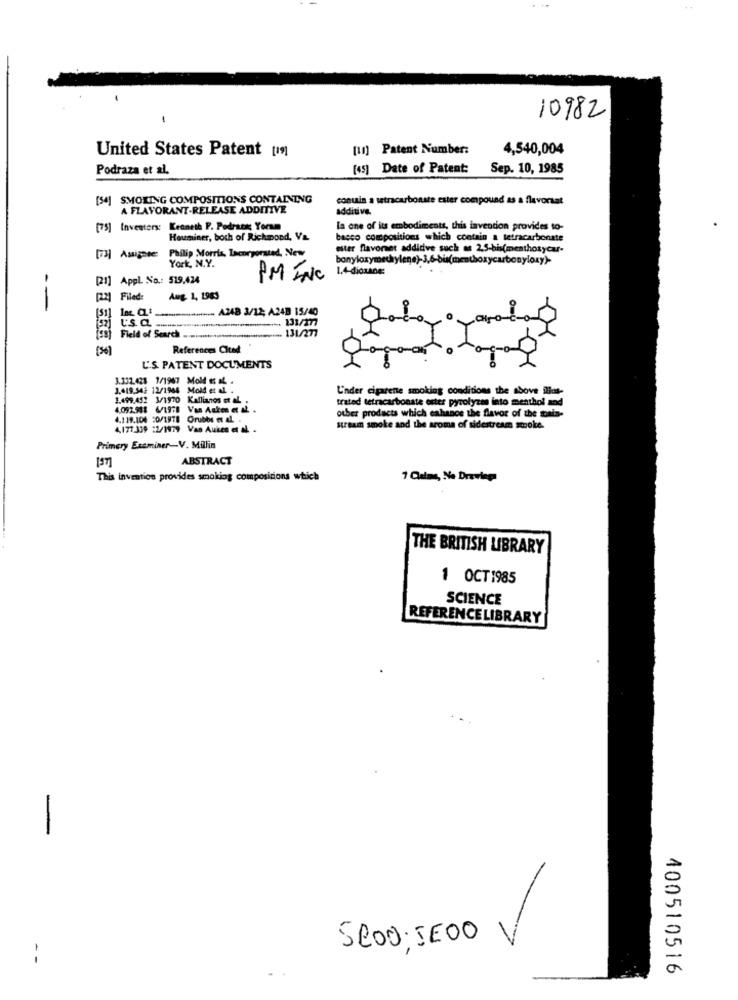
10982
United States Patent [19]
[11] Patent Number:
4,540,004
Podraza et al.
[45] Date of Patent: Sep. 10, 1985
[54] SMOKING COMPOSITIONS CONTAIN ING
conuis a stracarbonate ester compound as a flavoraat
A FLAVORANT-RELEASE ADDITIVE
additive.
[75] Investors:
Kenneth P. Podrack Yorum
la one of its embodiments, this invention provides to-
Houminer, both of Richmond, Va
bacco compositions which contain a tetracarbonate
Philip Morris, lacorporated, New
ester flavorant addidve such as 2.5-bis(menthosycar-
[7] Asijte
York, N.Y.
bonylaxymethylene)-3,6-bis(me
"bu(methoxycarbonyloxy>-
1,4-dioxane:
[21] Appl. No .: 519.424
PM INC
[22] Filed=
Aug. 1, 1983
--
A248 3/12; A24B 15/40
usa
...................... 233/277
131/277
Field of Search
(56)
References Cited
L'.S. PATENT DOCUMENTS
3.332.428 1/1967 Mold E IL. .
3.419.543 12/1964 Mold et al. .
L'nder ciparene smoking conditions the above illos-
1.499.452 3/1970 Kallianos et al.
trated tetracarbonate ester pyrolyzes into menthol and
4,092.541 6/1978 Van Acken et al .
4.119.104 20/1978 Orubbe a al. .
other products which cahanos the flavor of the monin-
4,177.339 :2/1979 Van Aukcen et AL. .
stream smoke and the aroma of sidestream smoke.
Primery Examiner-V. Millin
ABSTRACT
197]
This invention provides smoking compositions which
1 Calme, No Driving
THE BRITISH LIBRARY
1 OCT 1985
SCIENCE
REFERENCELIBRARY
-
SC00; 5E00 V
--
400510516